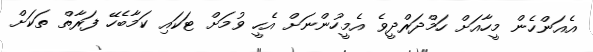
އެއަންހެން މީހާއަށް ހަމްދަރްދީވެ އެމީހުންނަށް އެހީ ވުމަށް ޓަކައި ކަމާބެހޭ ފަރާތް ތަކަށް